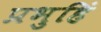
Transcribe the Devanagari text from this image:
प्रभुहिं